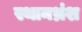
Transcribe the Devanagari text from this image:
स्थानभ्रंश